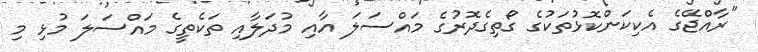
"ރާއްޖޭގެ އެކިކަންކޮޅުތަކުގެ ގޯތިގެދޮރުގެ މައްސަލަ އާއި މުދަލާއި ތަކެތީގެ މައްސަލަ މުޅި މި